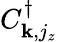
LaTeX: C_{{\mathbf k},j_{z}}^{\dagger}